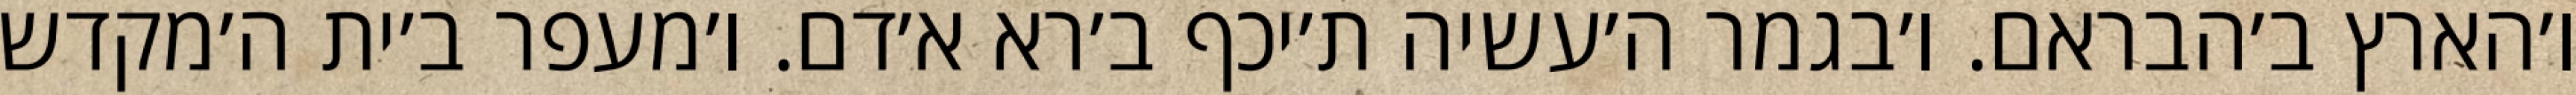
ו׳הארץ ב׳הבראם. ו׳בגמר ה׳עשיה ת׳יכף ב׳רא א׳דם. ו׳מעפר ב׳ית ה׳מקדש